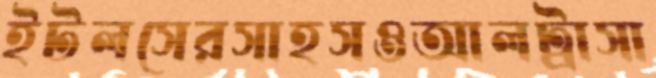
ইটলসেরসাহসওআলট্রাসা